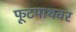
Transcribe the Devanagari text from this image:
फूटपाथवर